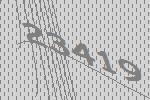
23419